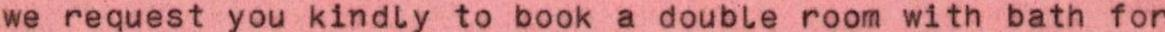
we request you kindly to book a double room with bath for